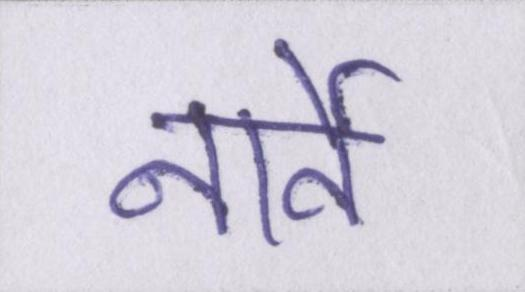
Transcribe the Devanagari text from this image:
नार्वे